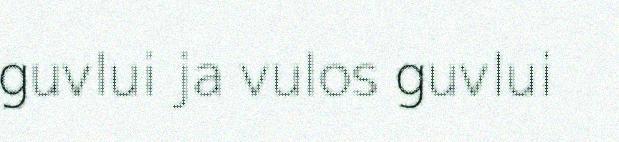
guvlui ja vulos guvlui